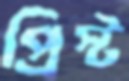
প্রিস্ট